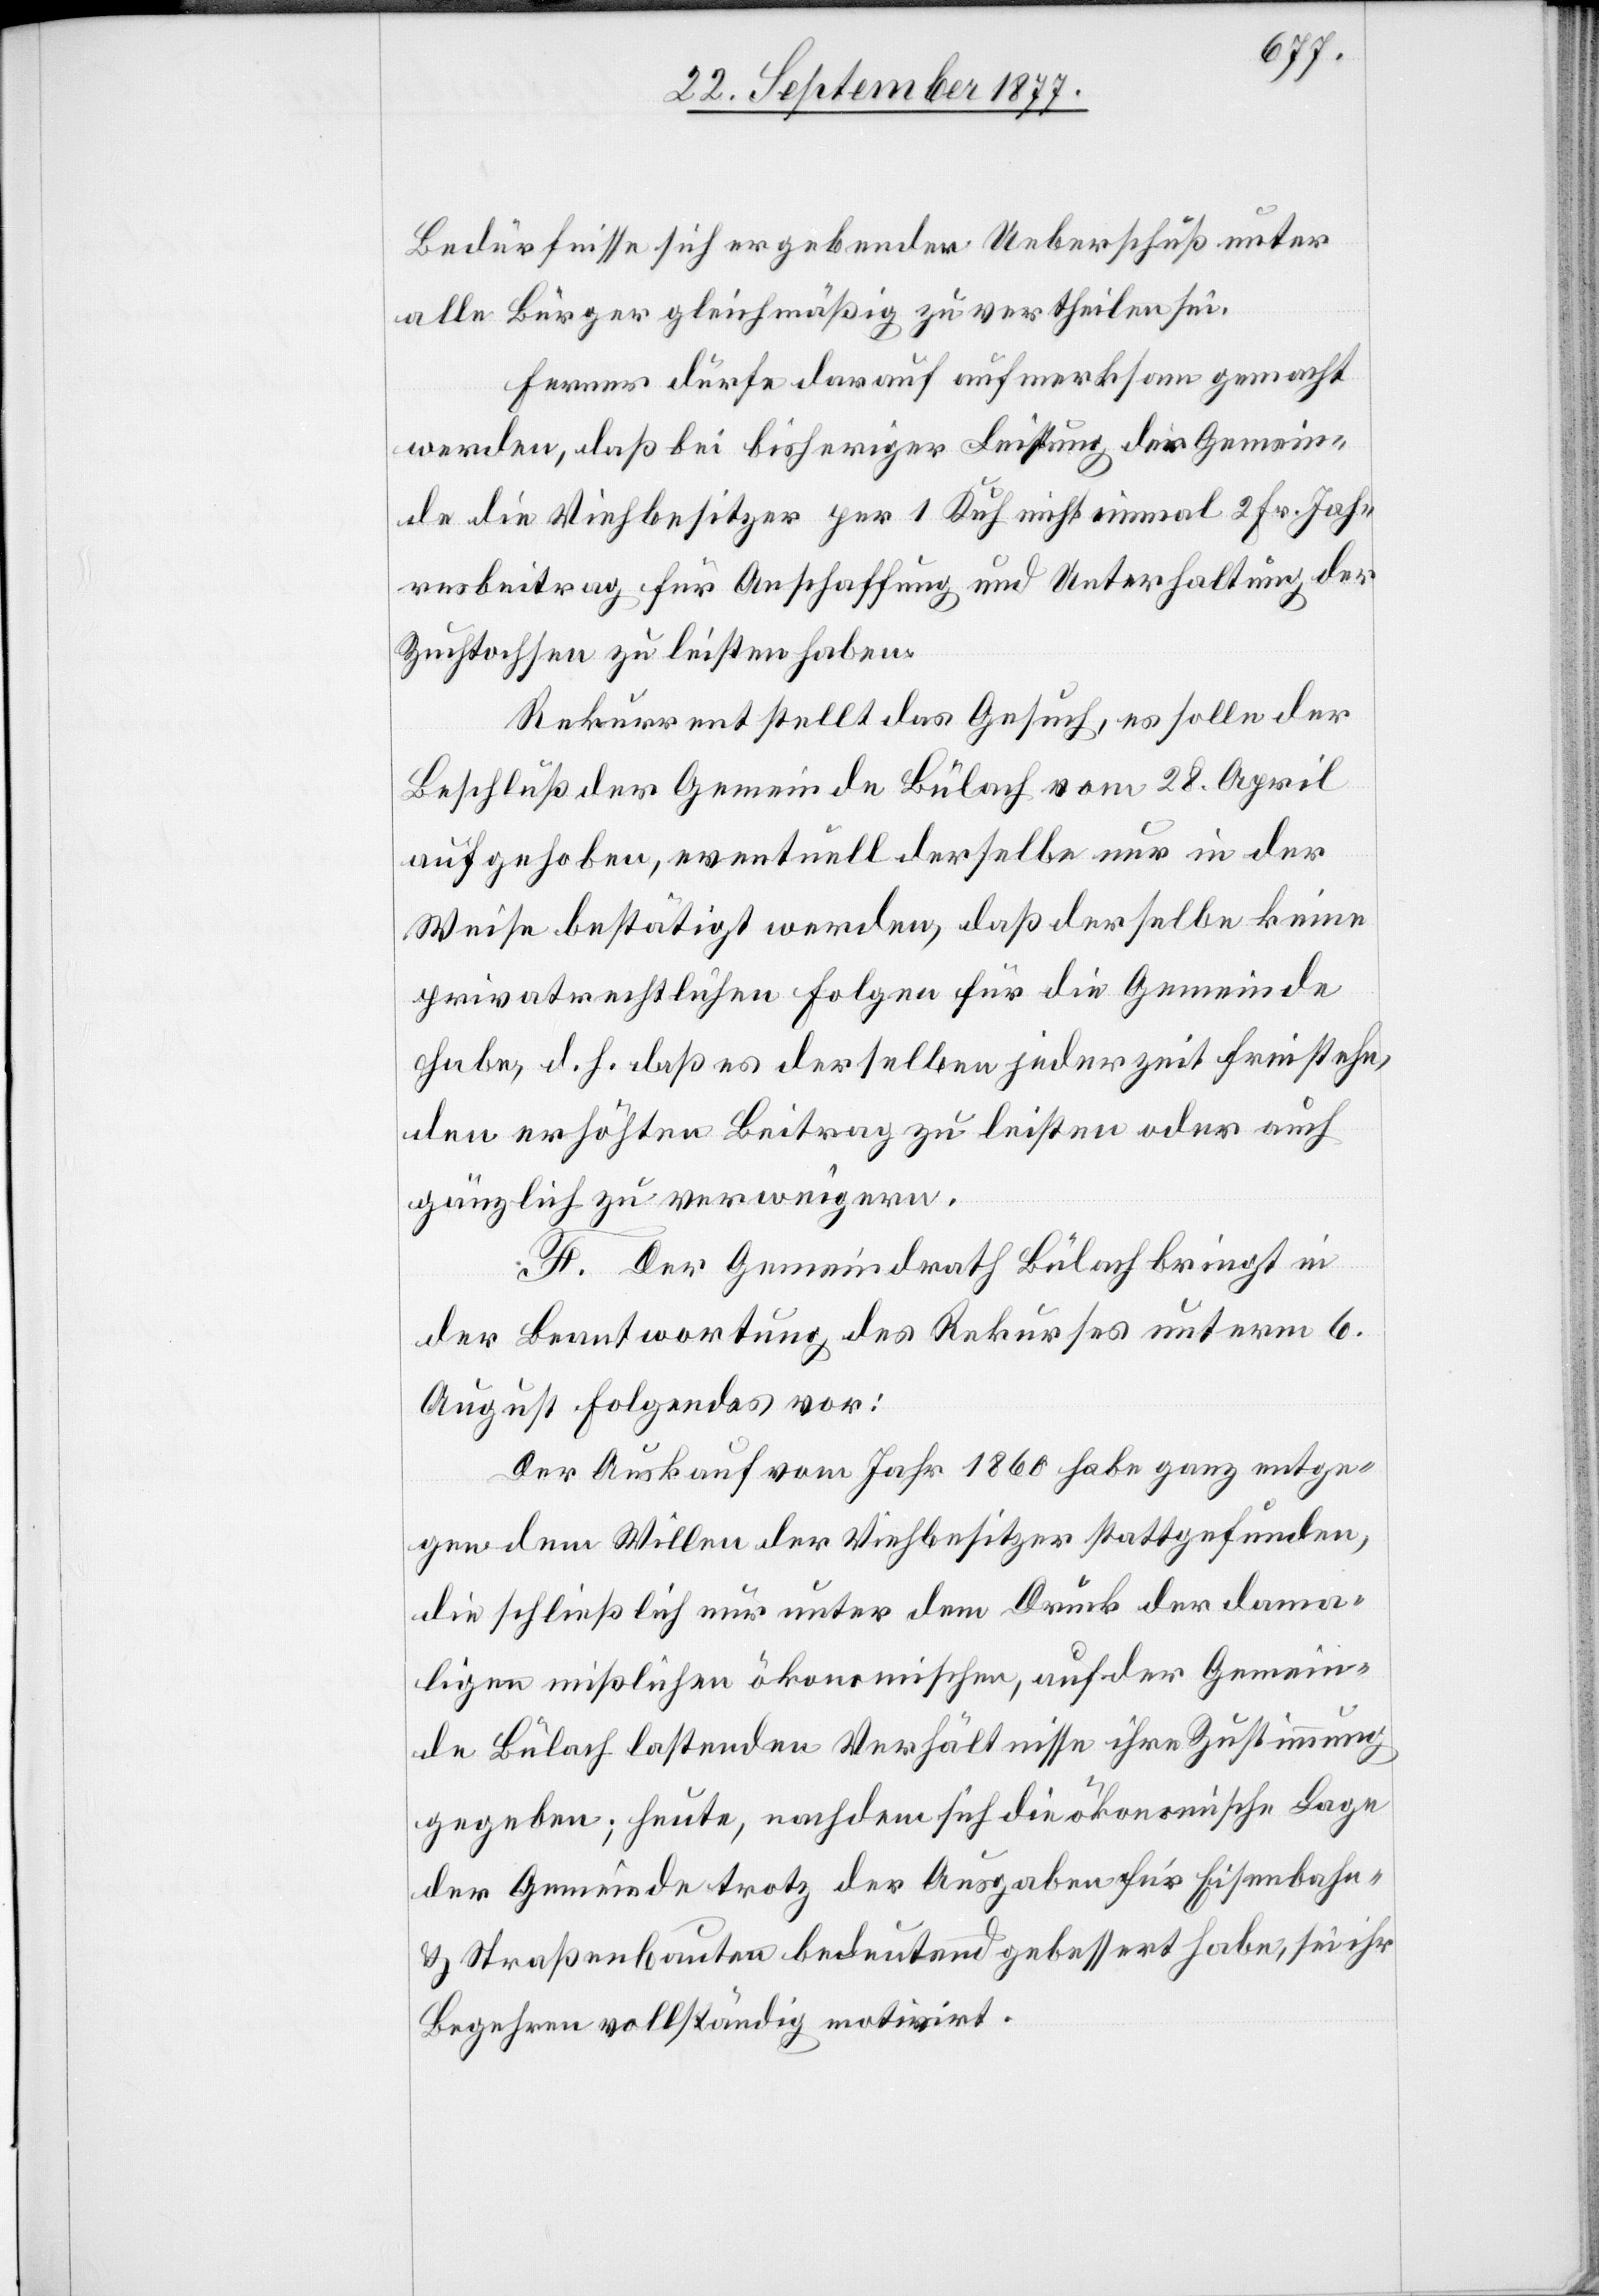
Bedürfnisse sich ergebender Ueberschuß unter
alle Bürger gleichmäßig zu vertheilen sei.
Ferner dürfe darauf aufmerksam gemacht
werden, daß bei bisheriger Leistung der Gemein¬
de die Viehbesitzer per 1 Kuh nicht einmal 2 Fr. Jah¬
resbeitrag für Anschaffung und Unterhaltung der
Zuchtochsen zu leisten haben.
Rekurrent stellt das Gesuch, es solle der
Beschluß der Gemeinde Bülach vom 28. April
aufgehoben, eventuell derselbe nur in der
Weise bestätigt werden, daß derselbe keine
privatrechtlichen Folgen für die Gemeinde
habe, d. h. daß es derselben jederzeit freistehe,
den erhöhten Beitrag zu leisten oder auch
gänzlich zu verweigern.
F. Der Gemeindrath Bülach bringt in
der Beantwortung des Rekurses unterm 6.
August Folgendes vor:
Der Auskauf vom Jahr 1860 habe ganz entge¬
gen dem Willen der Viehbesitzer stattgefunden,
die schließlich nur unter dem Druck der dama¬
ligen mißlichen ökonomischen, auf der Gemein¬
de Bülach lastenden Verhältnisse ihre Zustimmung
gegeben; heute, nachdem sich die ökonomische Lage
der Gemeinde trotz der Ausgaben für Eisenbahn-
& Straßenbauten bedeutend gebessert habe, sei ihr
Begehren vollständig motivirt.